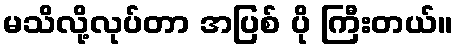
မသိလို့လုပ်တာ အပြစ် ပို ကြီးတယ်။